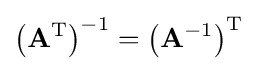
\left(\mathbf {A} ^{\text{T}}\right)^{-1}=\left(\mathbf {A} ^{-1}\right)^{\text{T}}